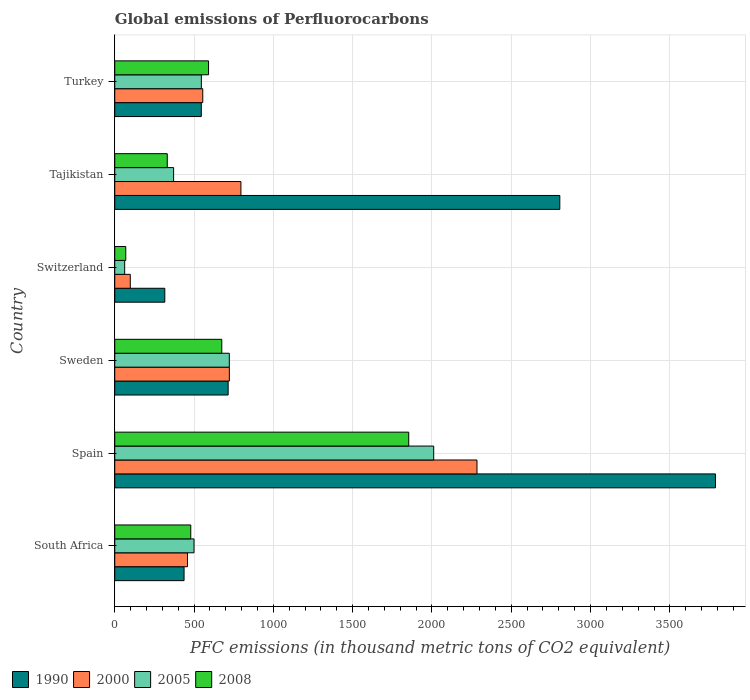
| Country | 1990 | 2000 | 2005 | 2008 |
 | --- | --- | --- | --- | --- |
 | South Africa | 437 | 459 | 500 | 479 |
 | Spain | 3.79e+03 | 2.28e+03 | 2.01e+03 | 1.85e+03 |
 | Sweden | 715 | 722 | 722 | 675 |
 | Switzerland | 316 | 97.9 | 62.5 | 69.4 |
 | Tajikistan | 2.81e+03 | 796 | 371 | 331 |
 | Turkey | 546 | 555 | 546 | 591 |